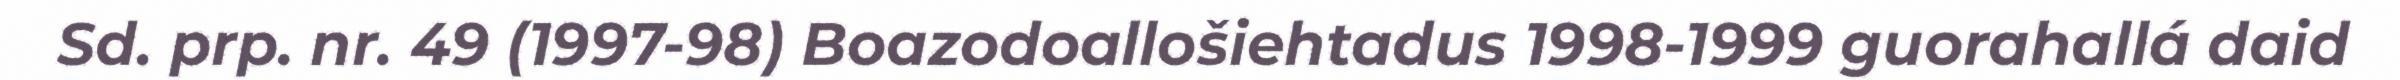
Sd. prp. nr. 49 (1997-98) Boazodoallošiehtadus 1998-1999 guorahallá daid